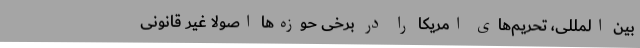
بین المللی، تحریم‌های امریکا را در برخی حوزه‌ها اصولاً غیر قانونی